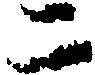
二